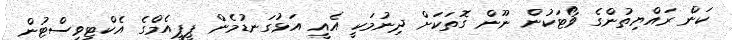
ކަން ރައްޔިތުންގެ ވޯޓަކުން ނޫން ގޮތަކަށް ދިނުމަކީ އެއީ އަޅުގަނޑުމެން ޕީޕީއެމްގެ އެކްޓިވިސްޓުން